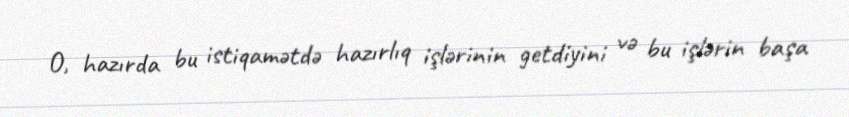
O, hazırda bu istiqamətdə hazırlıq işlərinin getdiyini və bu işlərin başa